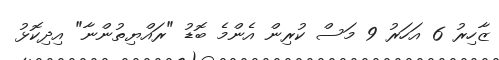
ޒާހިރު 6 އަހަރު 9 މަސް ކުރިން އެންމެ ބޮޑު "ރައްޔިތުންނާ" އިދިކޮޅު